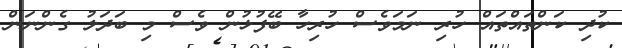
ކުދި ކަންތައްތައް ހުރި ނަމަވެސް ހުރިހާ ބޭފުޅުން ވެސް މި ބަދަލު ގެންނަން